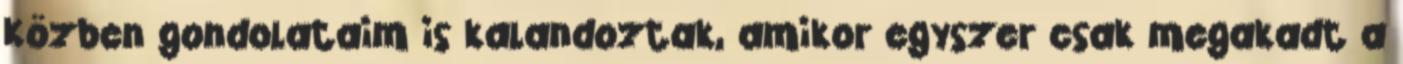
Közben gondolataim is kalandoztak, amikor egyszer csak megakadt a